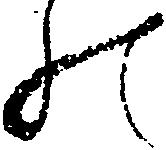
の